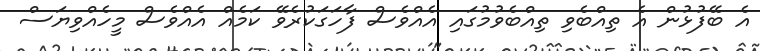
އެ ބޭފުޅުން އެ ތިއްބެވި ތިއްބެވުމުގައި އެއްވެސް ފާހަގަކުރެވޭ ކަމެއް އެއްވެސް މީހެއްވިޔަސް